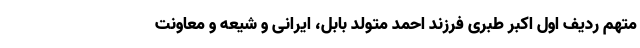
متهم ردیف اول اکبر طبری فرزند احمد متولد بابل، ایرانی و شیعه و معاونت